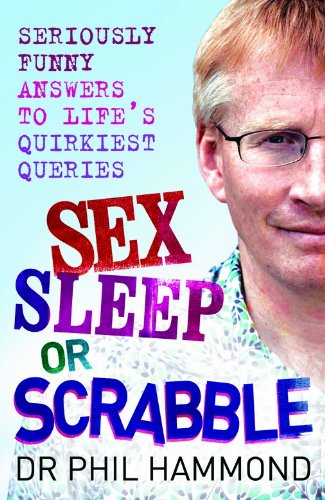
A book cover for Sex, Sleep or Scrabble?: Seriously Funny Answers to Life's Quirkiest Queries; Dr. Phil Hammond; Humor & Entertainment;